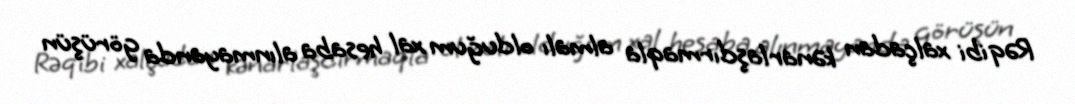
Rəqibi xalçadan kənarlaşdırmaqla almalı olduğum xal hesaba alınmayanda görüşün